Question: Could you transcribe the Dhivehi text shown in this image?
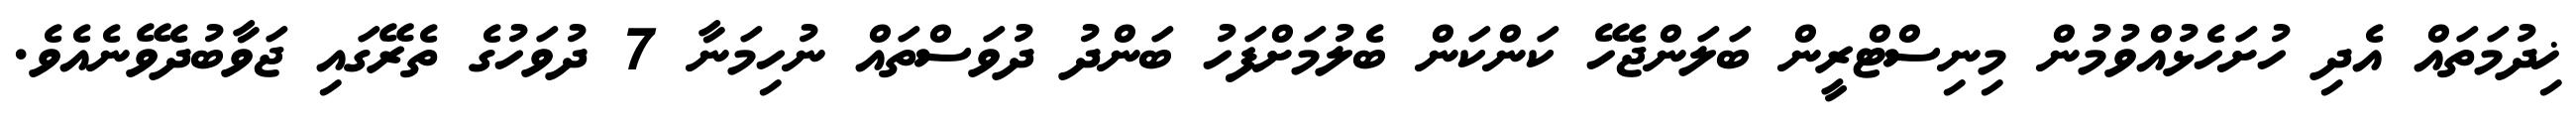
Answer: ޚިދުމަތައް އެދި ހުށަހެޅުއްވުމުން މިނިސްޓްރީން ބަލަންޖެހޭ ކަންކަން ބެލުމަށްފަހު ބަންދު ދުވަސްތައް ނުހިމަނާ 7 ދުވަހުގެ ތެރޭގައި ޖަވާބުދެވޭނެއެވެ.